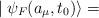
LaTeX: \begin{align*}\mid\psi _F( a_{\mu},t_0)\rangle=\end{align*}